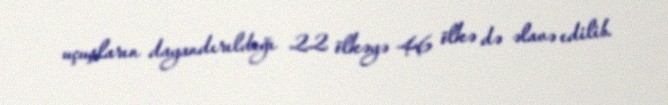
uçuşların dayandırıldığı 22 ölkəyə 46 ölkə də əlavə edilib.